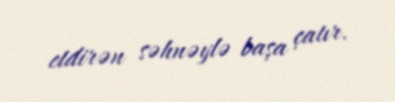
etdirən səhnəylə başa çatır.